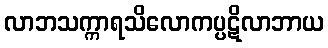
လာဘသက္ကာရသိလောကပ္ပဋိလာဘာယ